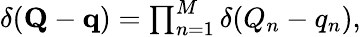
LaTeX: \begin{array}{r}{\delta(\mathbf{Q}-\mathbf{q})=\prod_{n=1}^{M}\delta(Q_{n}-q_{n}),}\end{array}